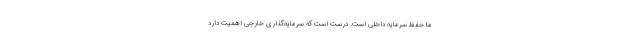
ما حفظ سرمایه داخلی است. درست است که سرمایه‌گذاری خارجی اهمیت دارد